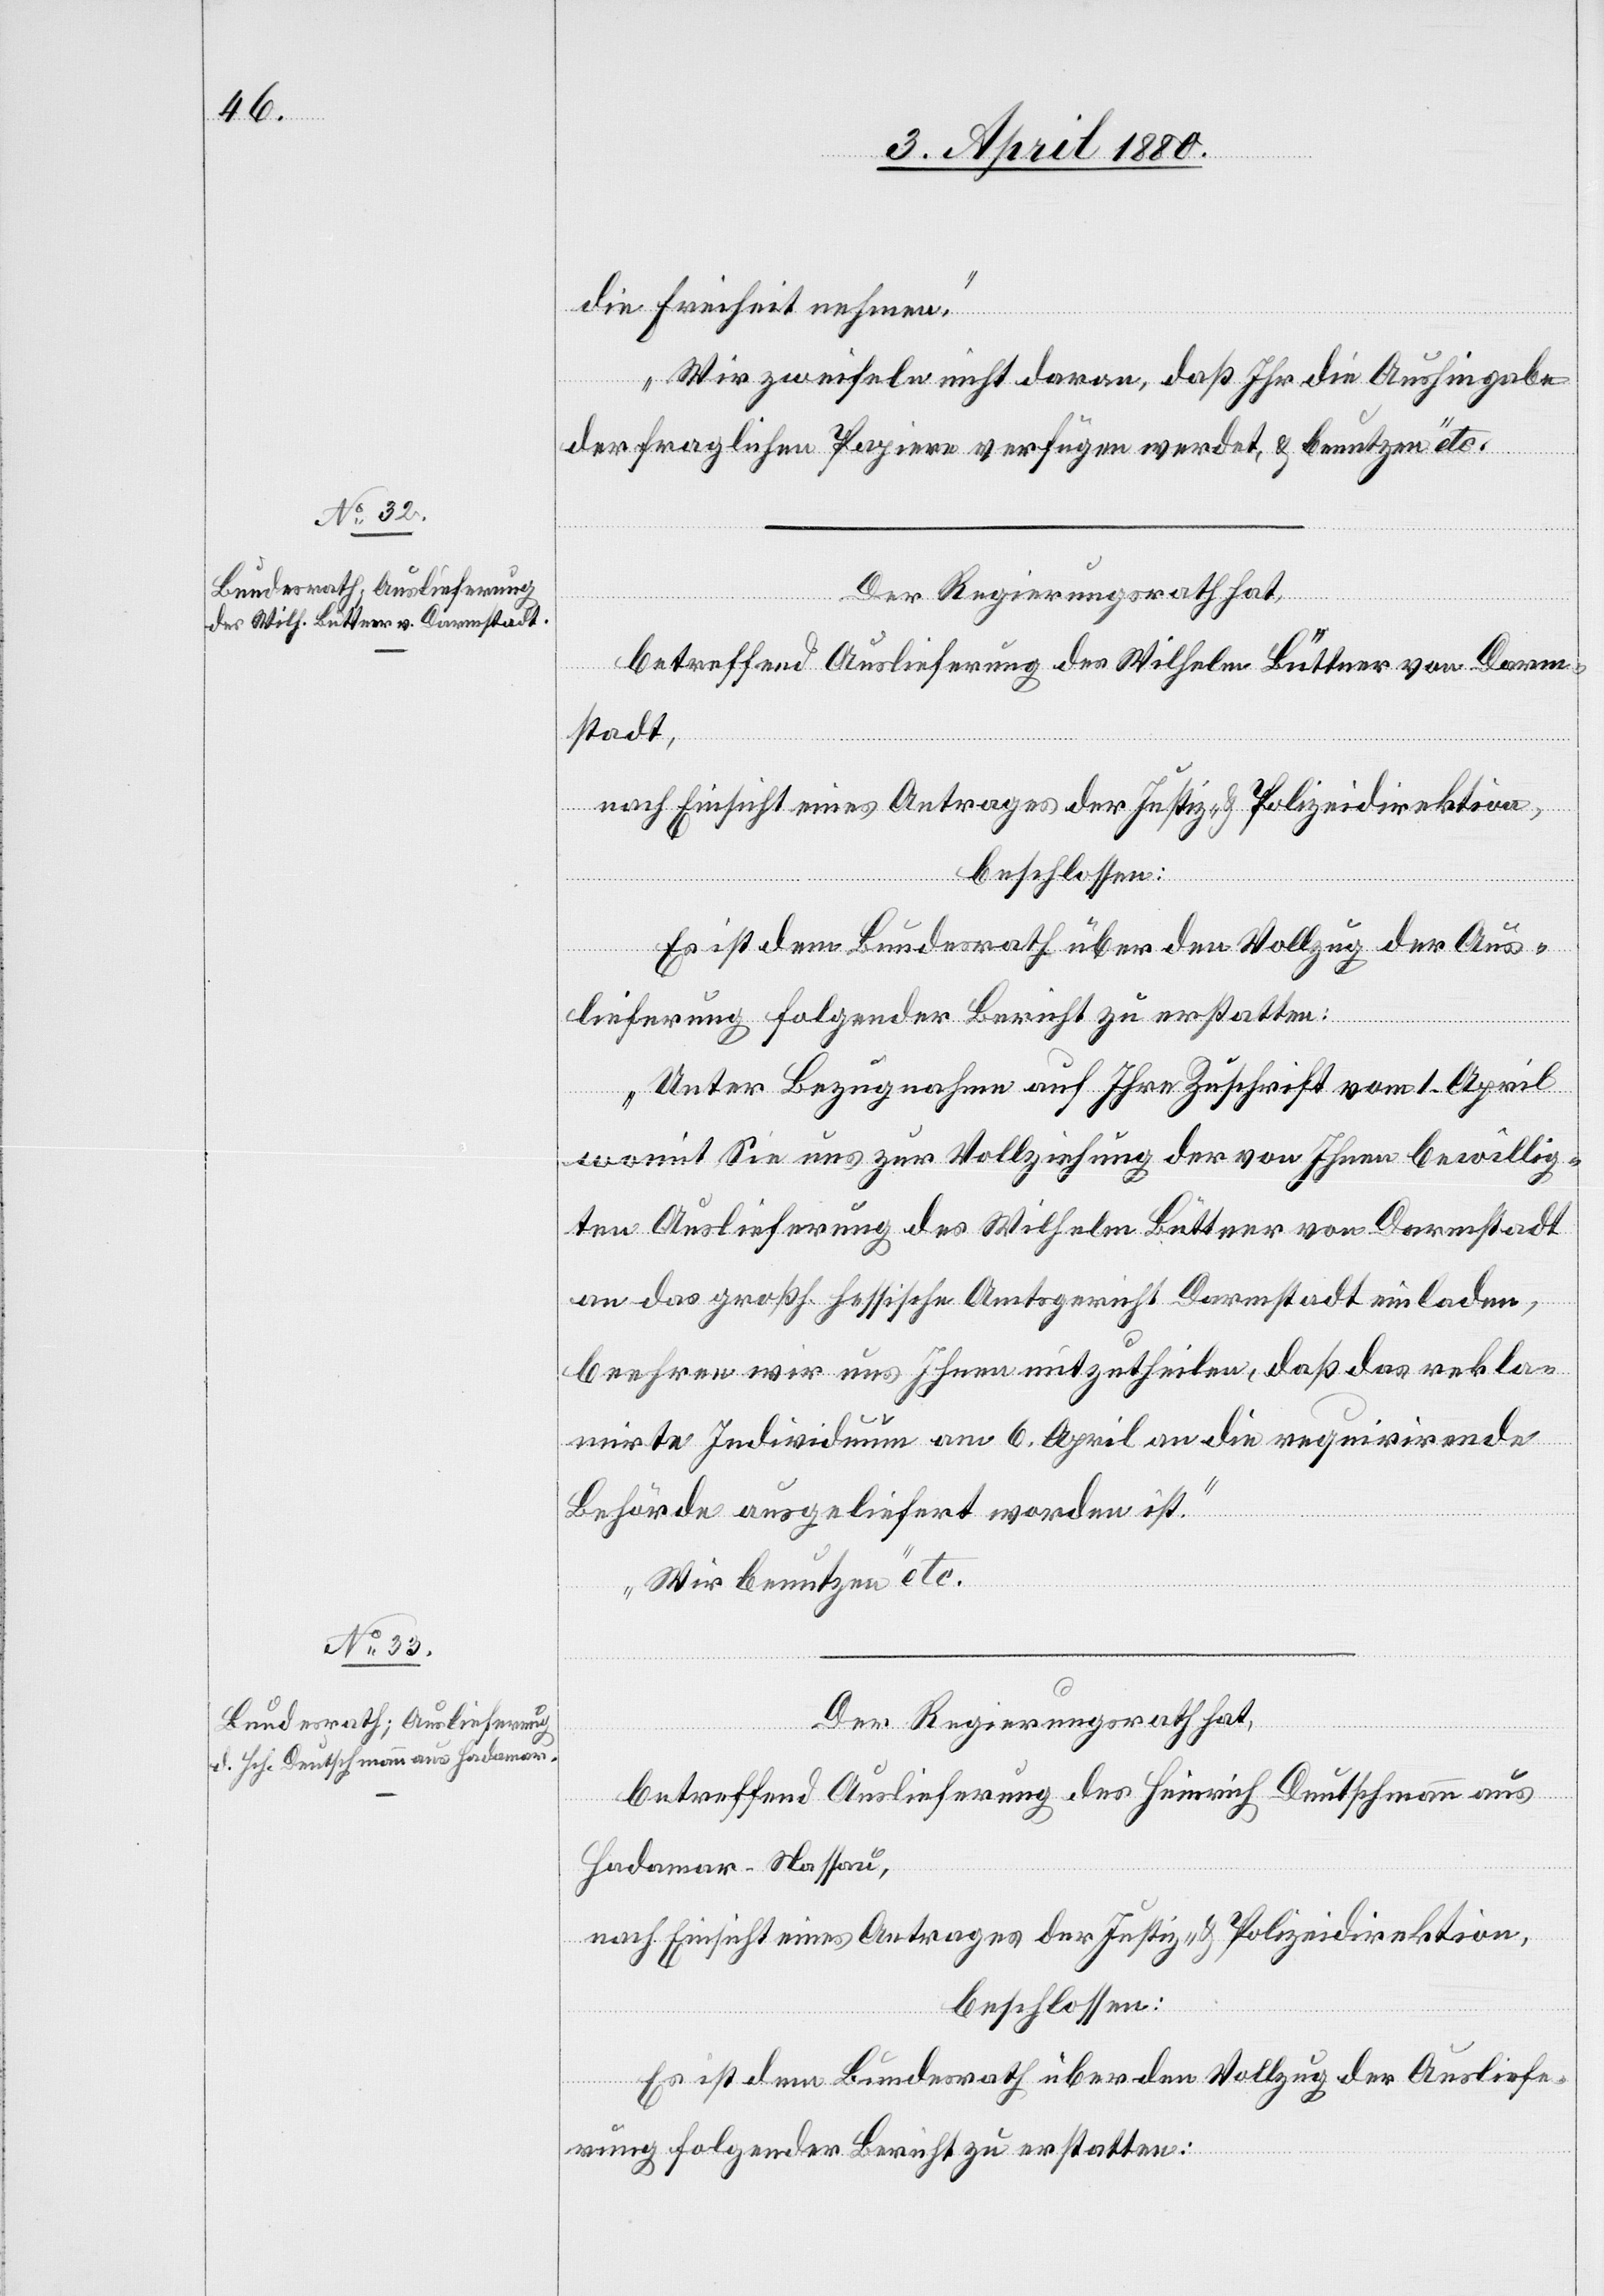
6. April 1880.]
l-Verfügungen.
Der Regierungsrath hat,
betreffend Auslieferung des Wilhelm Büttner von Darm¬
stadt,
nach Einsicht eines Antrages der Justiz- & Polizeidirektion,
beschlossen:
Es ist dem Bundesrath über den Vollzug der Aus¬
lieferung folgender Bericht zu erstatten:
„Unter Bezugnahme auf Ihre Zuschrift vom 1. April
womit Sie uns zur Vollziehung der von Ihnen bewillig¬
ten Auslieferung des Wilhelm Büttner von Darmstadt
an das großh. hessische Amtsgericht Darmstadt einladen,
beehren wir uns Ihnen mitzutheilen, daß das rekl¬
mairte Individuum am 6. April an die requirirende
Behörde ausgeliefert worden ist.
Wir benutzen“ etc.
Der Regierungsrath hat,
betreffend Auslieferung des Heinrich Deutschmann aus
Hadomar - Nassau,